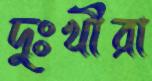
দুঃখীরা